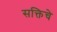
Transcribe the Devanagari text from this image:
सक्तिचे